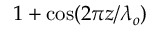
1 + \cos ( 2 \pi z / \lambda _ { o } )